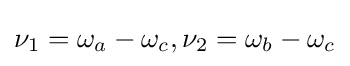
\nu _{1}=\omega _{a}-\omega _{c},\nu _{2}=\omega _{b}-\omega _{c}